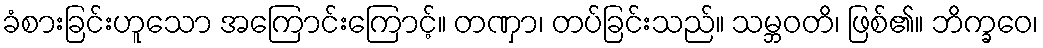
ခံစားခြင်းဟူသော အကြောင်းကြောင့်။ တဏှာ၊ တပ်ခြင်းသည်။ သမ္ဘဝတိ၊ ဖြစ်၏။ ဘိက္ခဝေ၊